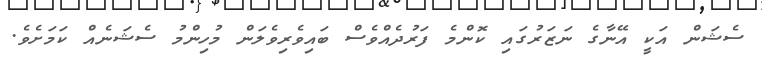
ސެޝަން އަކީ އޭނާގެ ނަޒަރުގައި ކޮންމެ ފަރުދެއްވެސް ބައިވެރިވެލަން މުހިންމު ސެޝަނެއް ކަމަށެވެ.